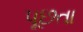
પૂછતા